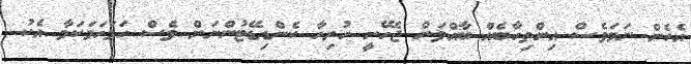
އެހެން ނަމަވެސް އިންތިހާބެއް ބާއްވަން ޖެހޭނީ ހުރިހާ ކެންޑިޑޭޓުންނަށް ވެސް ހަމަހަމަކަމާ އެކު